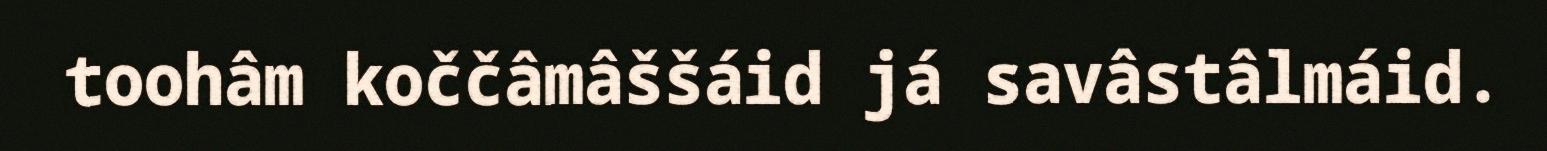
toohâm koččâmâššáid já savâstâlmáid.